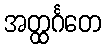
အတ္ထင်္ဂတေ